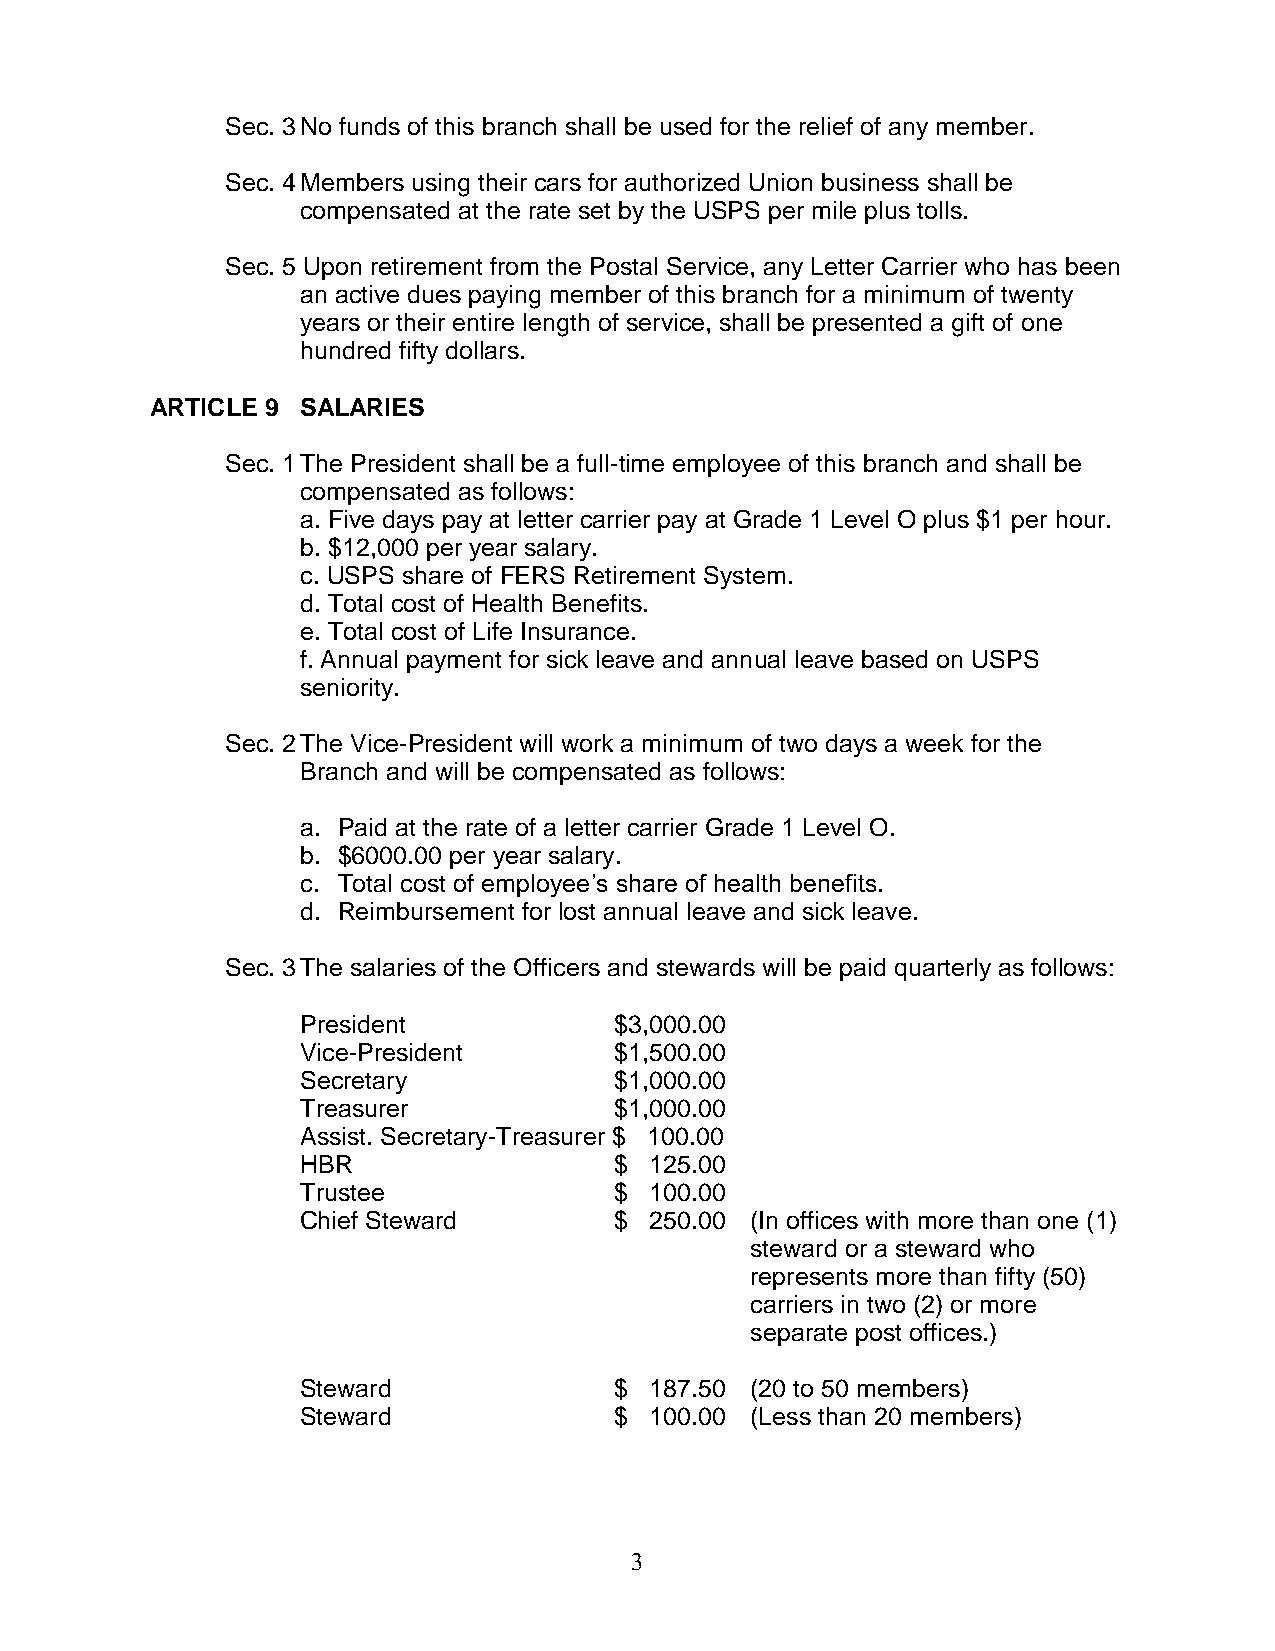
Sec. 3 No funds of this branch shall be used for the relief of any member.
 Sec. 4 Members using their cars for authorized Union business shall be
 compensated at the rate set by the USPS per mile plus tolls.
 Sec. 5 Upon retirement from the Postal Service, any Letter Carrier who has been
 an active dues paying member of this branch for a minimum of twenty
 years or their entire length of service, shall be presented a gift of one
 hundred fifty dollars.
 ARTICLE 9 SALARIES
 Sec. 1 The President shall be a full-time employee of this branch and shall be
 compensated as follows:
 a. Five days pay at letter carrier pay at Grade 1 Level O plus $1 per hour.
 b. $12,000 per year salary.
 c. USPS share of FERS Retirement System.
 d. Total cost of Health Benefits.
 e. Total cost of Life Insurance.
 f. Annual payment for sick leave and annual leave based on USPS
 seniority.
 Sec. 2 The Vice-President will work a minimum of two days a week for the
 Branch and will be compensated as follows:
 a. Paid at the rate of a letter carrier Grade 1 Level O.
 b. $6000.00 per year salary.
 c. Total cost of employee’s share of health benefits.
 d. Reimbursement for lost annual leave and sick leave.
 Sec. 3 The salaries of the Officers and stewards will be paid quarterly as follows:
 President            $3,000.00
 Vice-President       $1,500.00
 Secretary            $1,000.00
 Treasurer            $1,000.00
 Assist. Secretary-Treasurer $ 100.00
 HBR                  $ 125.00
 Trustee              $ 100.00
 Chief Steward        $ 250.00 (In offices with more than one (1)
 steward or a steward who
 represents more than fifty (50)
 carriers in two (2) or more
 separate post offices.)
 Steward              $ 187.50 (20 to 50 members)
 Steward              $ 100.00 (Less than 20 members)
 3